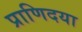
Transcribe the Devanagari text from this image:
प्राणिदया